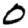
Digit: 0